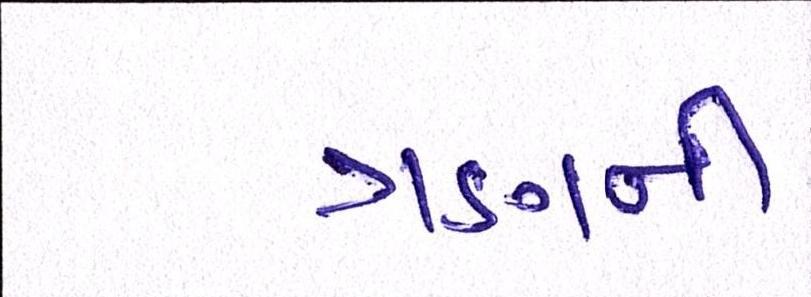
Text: ત્રણની